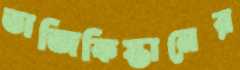
তাজিকিস্তানের